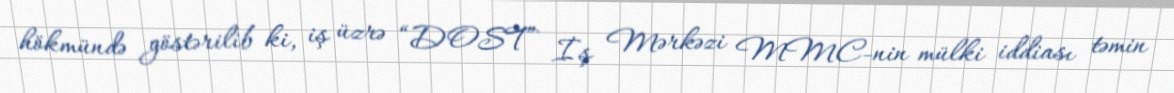
hökmündə göstərilib ki, iş üzrə “DOST” İş Mərkəzi MMC-nin mülki iddiası təmin